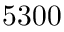
5 3 0 0